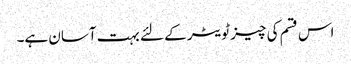
اس قسم کی چیز ٹویٹر کے لئے بہت آسان ہے۔